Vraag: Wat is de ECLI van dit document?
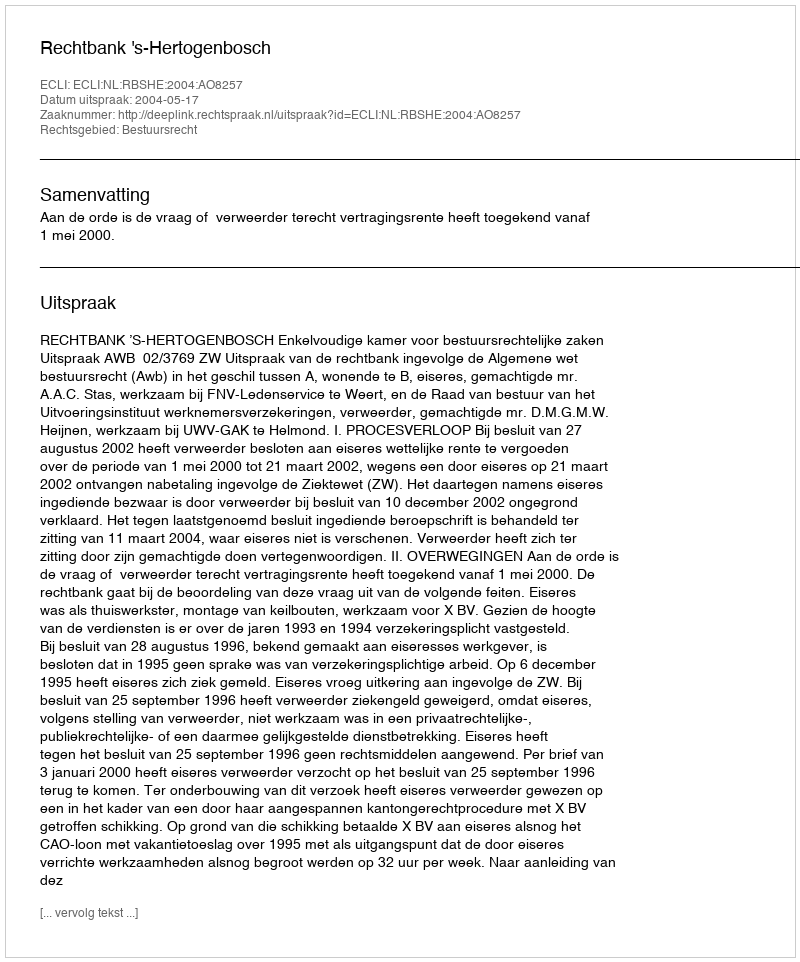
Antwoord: ECLI:NL:RBSHE:2004:AO8257